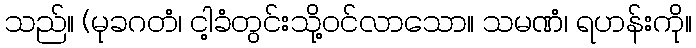
သည်။ (မုခဂတံ၊ ငါ့ခံတွင်းသို့ဝင်လာသော။ သမဏံ၊ ရဟန်းကို။